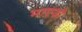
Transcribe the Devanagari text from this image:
माएवो